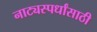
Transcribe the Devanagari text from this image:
नाट्यस्पर्धांसाठी